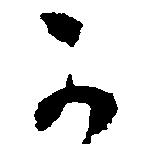
か